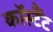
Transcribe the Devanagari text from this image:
कॉस्टैंट